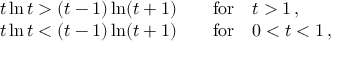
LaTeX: \begin{array} { l } { { t \ln t > ( t - 1 ) \ln ( t + 1 ) \qquad \mathrm { f o r } \quad t > 1 \, , } } \\ { { t \ln t < ( t - 1 ) \ln ( t + 1 ) \qquad \mathrm { f o r } \quad 0 < t < 1 \, , } } \end{array}